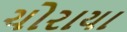
ચોરાયા